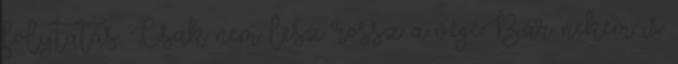
folytatás. Csak nem lesz rossz a vége.Bár nekem is